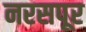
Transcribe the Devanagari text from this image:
नरसपूर